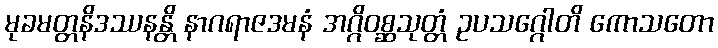
မုခမတ္တနိဒဿနန္တိ နာဂရာဇဒမနံ အဂ္ဂိဝစ္ဆသုတ္တံ ဥပသဂ္ဂေါတိ ကောသတော